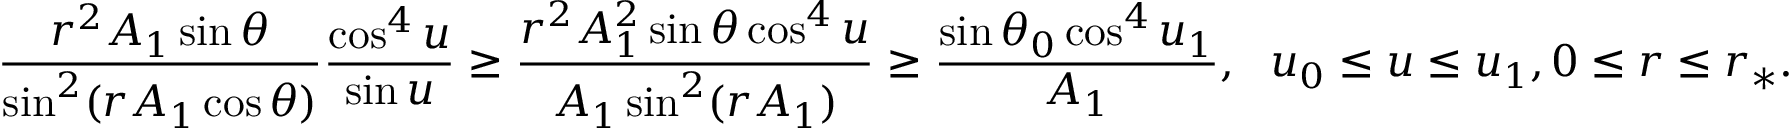
\frac { r ^ { 2 } A _ { 1 } \sin \theta } { \sin ^ { 2 } ( r A _ { 1 } \cos \theta ) } \frac { \cos ^ { 4 } u } { \sin u } \ge \frac { r ^ { 2 } A _ { 1 } ^ { 2 } \sin \theta \cos ^ { 4 } u } { A _ { 1 } \sin ^ { 2 } ( r A _ { 1 } ) } \ge \frac { \sin \theta _ { 0 } \cos ^ { 4 } u _ { 1 } } { A _ { 1 } } , \ \ u _ { 0 } \le u \le u _ { 1 } , 0 \le r \le r _ { * } .